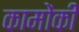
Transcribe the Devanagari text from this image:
कामोंकी